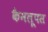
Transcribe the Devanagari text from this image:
कैमलूपस